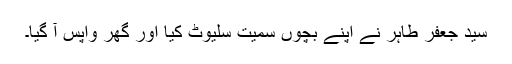
سید جعفر طاہر نے اپنے بچوں سمیت سلیوٹ کیا اور گھر واپس آ گیا۔